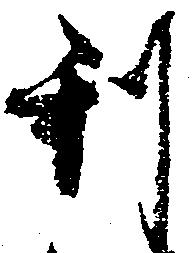
利